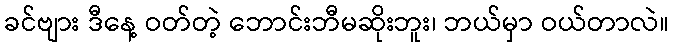
ခင်ဗျား ဒီနေ့ ဝတ်တဲ့ ဘောင်းဘီမဆိုးဘူး၊ ဘယ်မှာ ဝယ်တာလဲ။